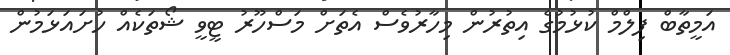
އަމީތާބް ފިލްމް ކުޅުމުގެ އިތުރުން މިހާރުވެސް އެތަށް މަސްހޫރު ޓީވީ ޝޯތަކެއް ހުށައަޅަމުން